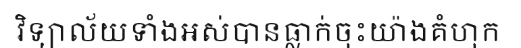
វិទ្យាល័យទាំងអស់បានធ្លាក់ចុះយ៉ាងគំហុក